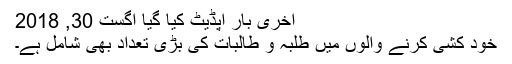
آخری بار اپڈیٹ کیا گیا اگست 30, 2018
خود کشی کرنے والوں میں طلبہ و طالبات کی بڑی تعداد بھی شامل ہے۔